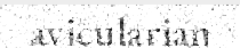
avicularian